system: You are a helpful assistant.
user:
Analyze the provided spectrum to determine if it is a **M-type Giant (gM)**.

A M-type Giant spectrum is defined by its **strong molecular absorption** features, particularly from **Titanium Oxide (TiO)**. You must check for one of the following mutually exclusive signatures:

- **Key Visual Indicators (Absorption-Dominated Spectrum):**

    - **(Primary):** The spectrum is dominated by strong molecular absorption from **Titanium Oxide (TiO)**. This is the **defining feature** of its M-type temperature class.
        - **(Key Bandheads):** Look for sharp, "saw-tooth" absorption valleys. The strongest are located near **~7050 Å**, **~6160 Å**, and **~5170 Å**.
        - **(Line Profile):** The "saw-tooth" morphology is critical: a **sharp, steep drop on the BLUE (short-wavelength) side** of the bandhead, followed by a gradual recovery (rising flux) towards the RED (long-wavelength) side.

    - **(Key Confirmation - Giant vs. Dwarf):** **ABSENCE** of strong **Calcium Hydride (CaH)** molecular bands. This is the primary diagnostic for *excluding* M-dwarfs.
        - **(Key Region):** The spectrum should lack the strong, broad absorption band seen in dwarfs between **~6800 Å and ~7000 Å**.

    - **(Secondary Confirmation - Giant):** A very strong and broad **Neutral Calcium (Ca I)** atomic absorption line.
        - **(Key Line):** Located at **~4226 Å**. In a giant (gM), this line is significantly deeper and broader than the same line in an M-dwarf (dM) due to low surface gravity.

    - **(Overall Spectrum):**
        - The continuum is **extremely red-sloping** (i.e., flux is very low in the blue and rises dramatically towards the red).
        - The entire spectrum appears "chopped up" by the deep TiO bands.

Think first, call **spectral_visualization_tool** if needed to examine features in detail, then provide your final answer. Your response must adhere to the following strict rules:
1.  **Overall Structure:** Your response must follow the format `<think>...</think> <tool_call>...</tool_call> (if a tool is used) <answer>...</answer>`.
2.  **Tool Usage Constraint:** You may only make **one** tool call per turn.
3.  **Final Answer Format:** In the `<answer>` tag, your conclusion must be inside a `\boxed{}` command (e.g., `\boxed{YES}` or `\boxed{NO}`), followed by your justification.

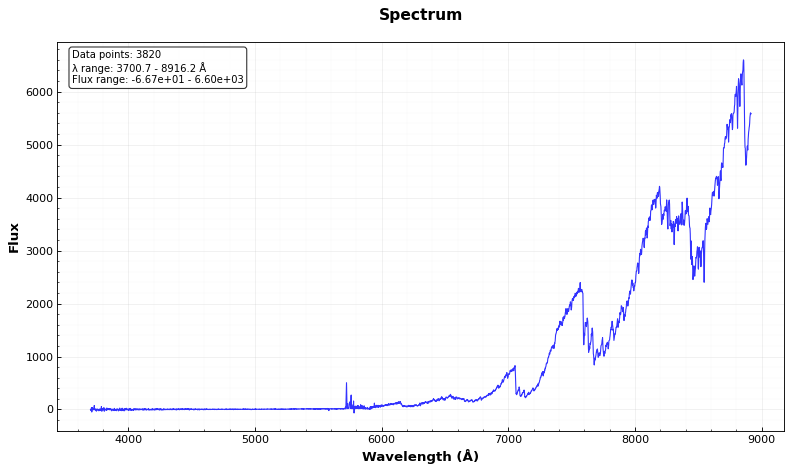
Answer: YES